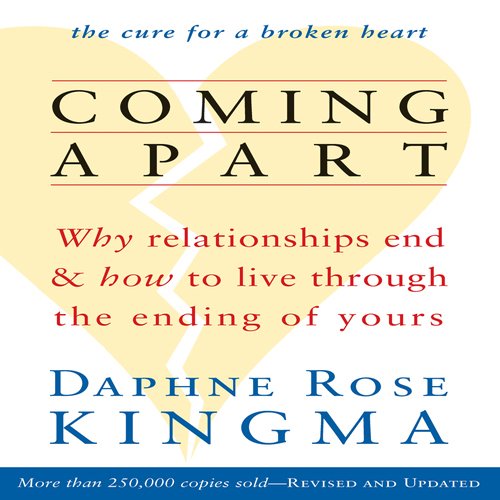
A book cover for Coming Apart: Why Relationships End and How to Live Through the Ending of Yours; Daphne Rose Kingma; Parenting & Relationships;